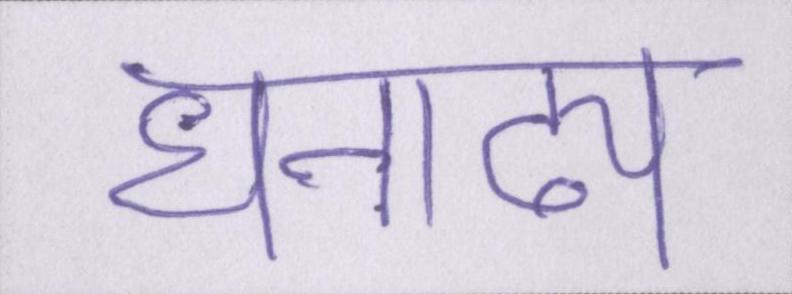
धनाढ्य